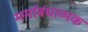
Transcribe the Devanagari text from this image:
मर्माबंधात्मक